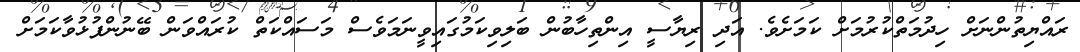
ރައްޔިތުންނަށް ހިދުމަތްކުރުމަށް ކަމަށެވެ. އަދި ރިޔާސީ އިންތިހާބުން ބަލިވިކަމުގައިވީނަމަވެސް މަސައްކަތް ކުރައްވަން ބޭނުންފުޅުވާކަމަށް